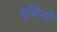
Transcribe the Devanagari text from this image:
मुचिनो